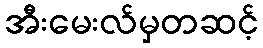
အီးမေးလ်မှတဆင့်